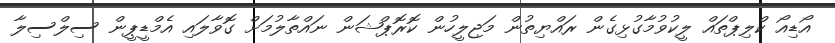
އޯޑިއޯ ކްލިޕްތައް ލީކުވުމާގުޅިގެން ރައްޔިތުން މަޖިލީހުން ކޮރޮޕްޝަން ނައްތާލުމަށް ގޮވާލައި އެމްޑީޕީން ސިލްސިލާ